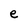
Character: e